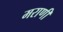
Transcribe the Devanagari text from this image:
मराणी